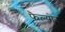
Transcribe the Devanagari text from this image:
फैल्योर